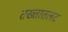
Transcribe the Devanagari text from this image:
तख्तातलट